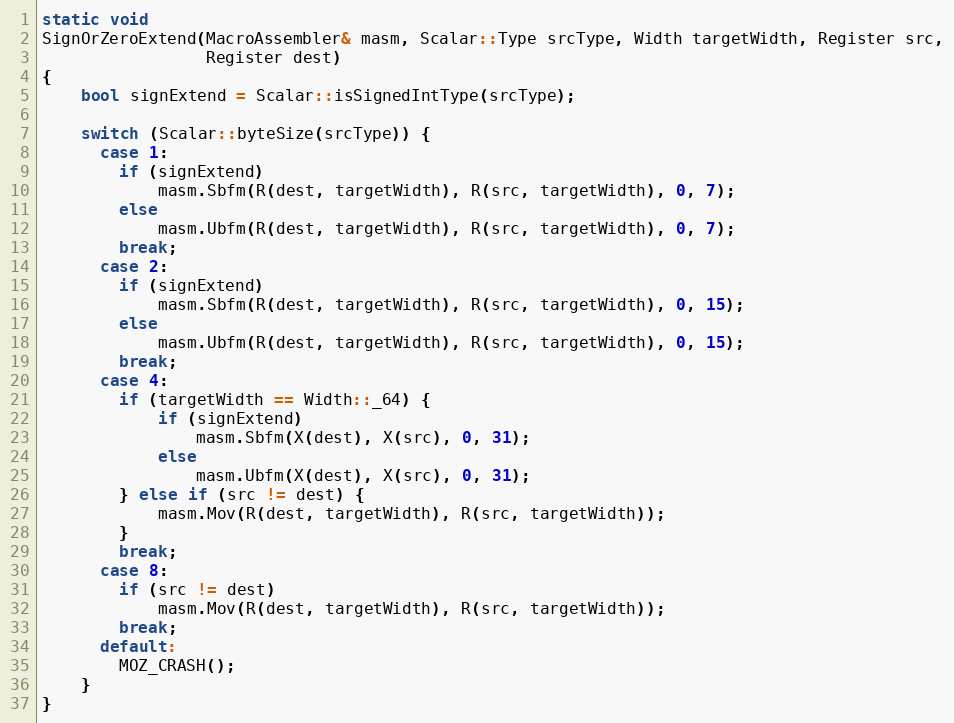
Language: C++
static void
SignOrZeroExtend(MacroAssembler& masm, Scalar::Type srcType, Width targetWidth, Register src,
                 Register dest)
{
    bool signExtend = Scalar::isSignedIntType(srcType);

    switch (Scalar::byteSize(srcType)) {
      case 1:
        if (signExtend)
            masm.Sbfm(R(dest, targetWidth), R(src, targetWidth), 0, 7);
        else
            masm.Ubfm(R(dest, targetWidth), R(src, targetWidth), 0, 7);
        break;
      case 2:
        if (signExtend)
            masm.Sbfm(R(dest, targetWidth), R(src, targetWidth), 0, 15);
        else
            masm.Ubfm(R(dest, targetWidth), R(src, targetWidth), 0, 15);
        break;
      case 4:
        if (targetWidth == Width::_64) {
            if (signExtend)
                masm.Sbfm(X(dest), X(src), 0, 31);
            else
                masm.Ubfm(X(dest), X(src), 0, 31);
        } else if (src != dest) {
            masm.Mov(R(dest, targetWidth), R(src, targetWidth));
        }
        break;
      case 8:
        if (src != dest)
            masm.Mov(R(dest, targetWidth), R(src, targetWidth));
        break;
      default:
        MOZ_CRASH();
    }
}